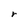
Character: r